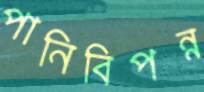
পানিবিপন্ন